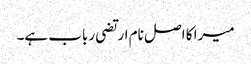
میرا کا اصل نام ارتضی رباب ہے۔